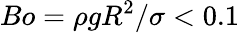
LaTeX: Bo=\rho gR^{2}/\sigma<0.1